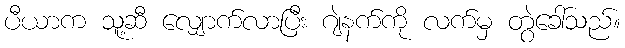
ပီယာက သူ့ဆီ လျှောက်လာပြီး ဂျဲနက်ကို လက်မှ တွဲခေါ်သည်။